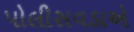
પોલીસવડાએ